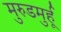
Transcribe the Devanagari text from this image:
मुरुडमुर्हू